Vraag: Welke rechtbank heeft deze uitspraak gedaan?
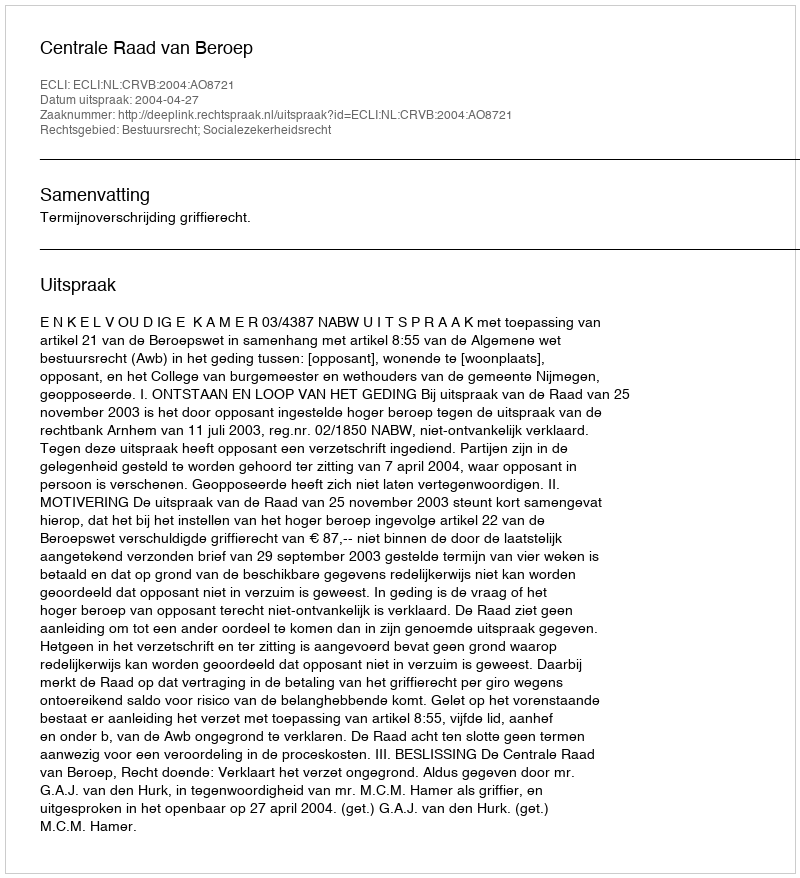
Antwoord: Centrale Raad van Beroep